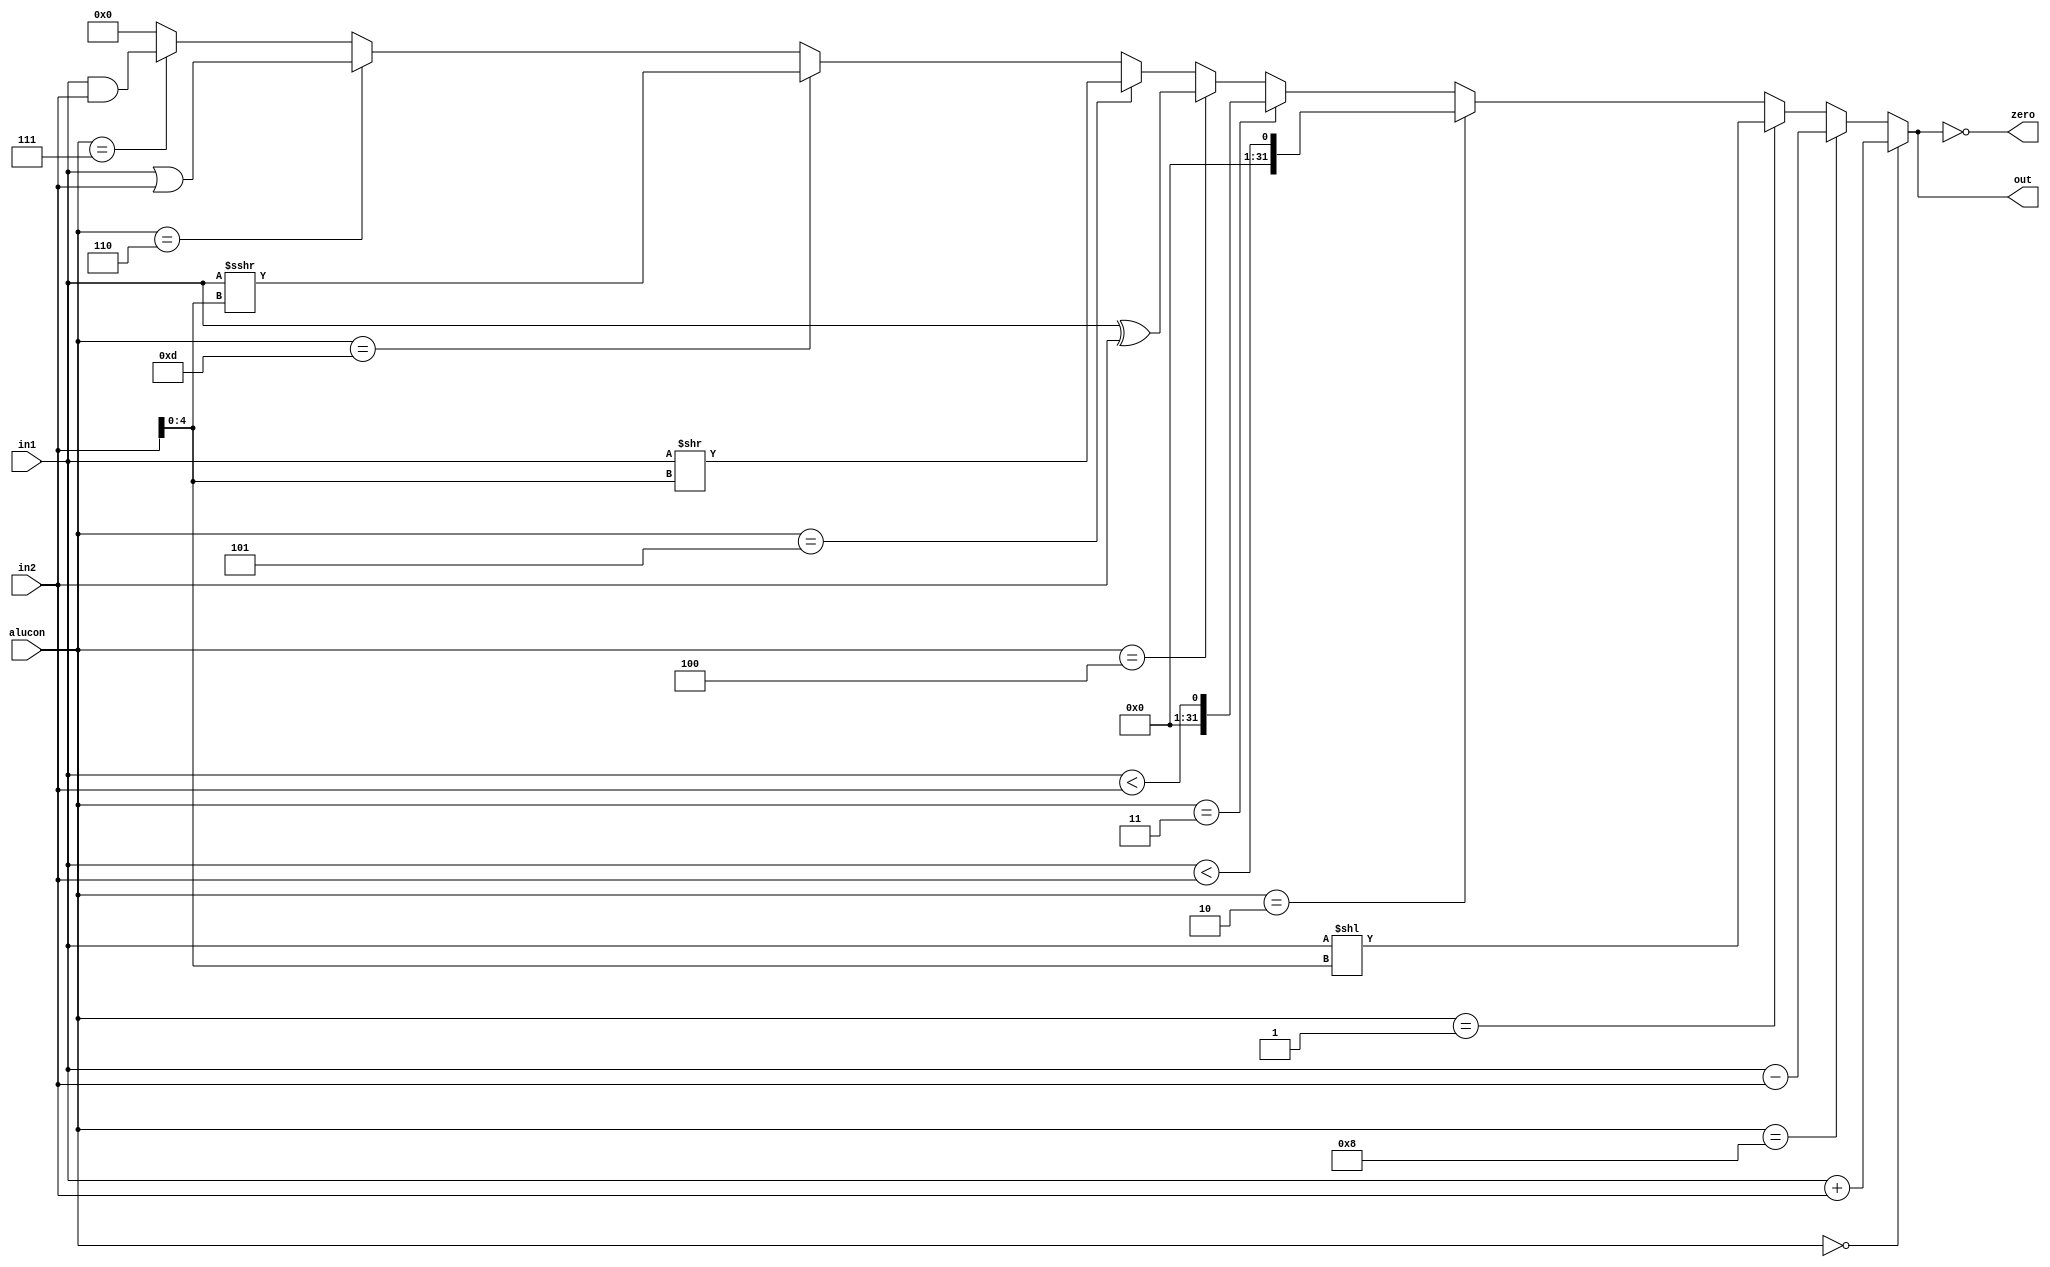
`timescale 1ns / 1ps
//////////////////////////////////////////////////////////////////////////////////
// Company: 
// Engineer: 
// 
// Design Name: 
// Module Name:    alu 
// Project Name: 
// Target Devices: 
// Tool versions: 
// Description: 
//
// Dependencies: 
//
// Revision: 
// Revision 0.01 - File Created
// Additional Comments: 
//
//////////////////////////////////////////////////////////////////////////////////
module alu(
    input [31:0] in1,
    input [31:0] in2,
    input [3:0] alucon,
    output [31:0] out,
    output zero
    );
	assign zero = (out == 0);
	 
	assign out = (alucon== 0) ?  in1 + in2: //ADD
					(alucon == 8) ?  in1 - in2: //SUB
					(alucon == 1) ?  in1 << in2[4:0]: //SLL
					(alucon == 2) ?  {{31{1'b0}}, ($signed(in1) < $signed(in2))}: //SLT
					(alucon == 3) ?  {{31{1'b0}}, (in1 < in2)}: //SLTU
					(alucon == 4) ?  in1 ^ in2: //XOR
					(alucon == 5) ?  in1 >> in2[4:0]: //SRL
					(alucon == 13) ?  $signed(in1) >>> in2[4:0]: //SRA
					(alucon == 6) ?  in1 | in2: //OR
					(alucon == 7) ?  in1 & in2 : 32'h00000000; //AND
			 
endmodule